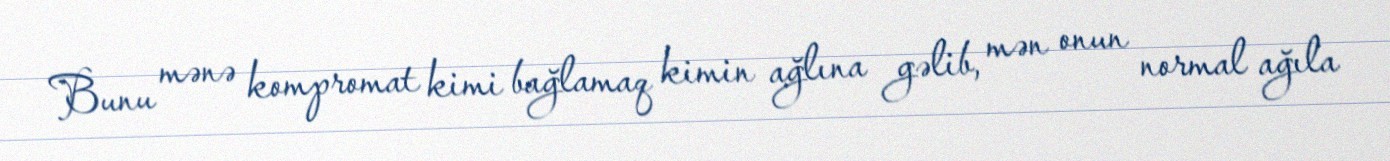
Bunu mənə kompromat kimi bağlamaq kimin ağlına gəlib, mən onun normal ağıla